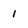
Character: 1